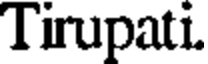
Tirupati.